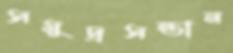
সমুদ্রসন্তান